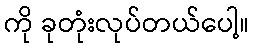
ကို ခုတုံးလုပ်တယ်ပေါ့။